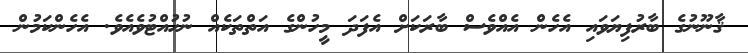
ޤާނޫނުގެ ބާރުފިޔަވައި އެހެން އެއްވެސް ބާރަކަށް އެފަދަ މީހުންގެ އަތްތަކެއް ނުހުއްޓުވެއެވެ. އެހެންކަމުން